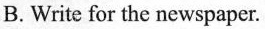
B. Write for the newspaper.